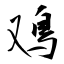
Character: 鳮